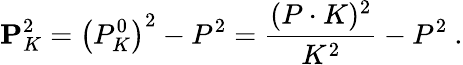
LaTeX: {\mathbf P}_{K}^{2}=\left(P_{K}^{0}\right)^{2}-P^{2}=\frac{(P\cdot K)^{2}}{K^{2}}-P^{2}\ .